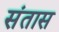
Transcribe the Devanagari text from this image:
संतास